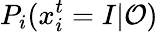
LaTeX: P_{i}(x_{i}^{t}=I|\mathcal{O})